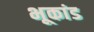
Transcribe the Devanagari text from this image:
भूकांड